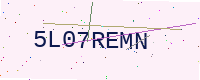
Text: 5L07REMN